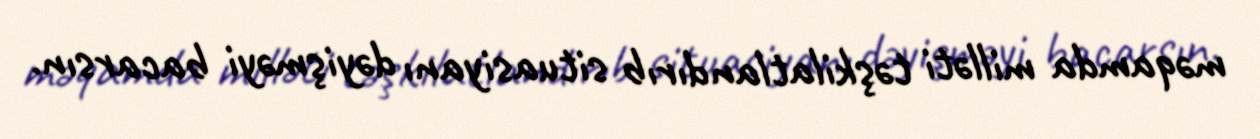
məqamda milləti təşkilatlandırıb situasiyanı dəyişməyi bacarsın.